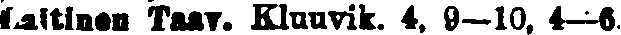
Laitinen Taav. Kluuvik. 4, 9—10, 4—6.